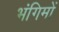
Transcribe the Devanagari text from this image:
भंगिमों